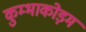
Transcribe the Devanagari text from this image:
कुम्भाकोड़म